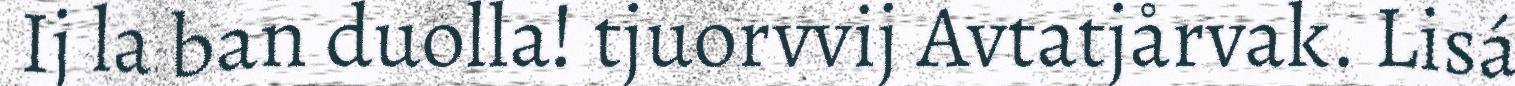
Ij la ban duolla! tjuorvvij Avtatjårvak. Lisá